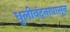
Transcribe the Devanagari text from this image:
धुलीवंदनापासून